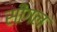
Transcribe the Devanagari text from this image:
सींगल